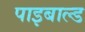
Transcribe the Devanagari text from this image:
पाइबाल्ड